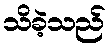
သိခဲ့သည်